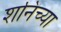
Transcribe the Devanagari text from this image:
शनिच्या